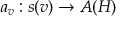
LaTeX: a _ { v } : s ( v ) \rightarrow A ( H )